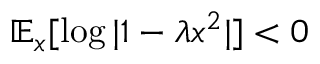
\mathbb { E } _ { x } [ \log | 1 - \lambda x ^ { 2 } | ] < 0